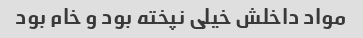
مواد داخلش خیلی نپخته بود و خام بود